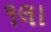
૧લા